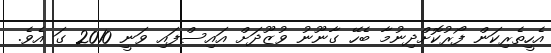
އެހީތެރިކަން ފޯރުކޮށްދިނުމާ ބެހޭ ގާނޫނު ވުޒޫދަށް އައިސްފައި ވަނީ 2010 ގަ އެވެ.